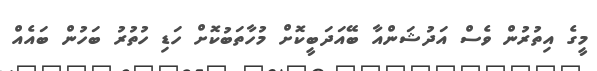
މީގެ އިތުރުން ވެސް އަދުޝަންއާ ބޭއަދަބީކޮށް މުހާތަބުކޮށް ހަޑި ހުތުރު ބަހުން ބައެއް